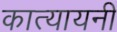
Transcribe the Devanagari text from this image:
कात्‍यायनी